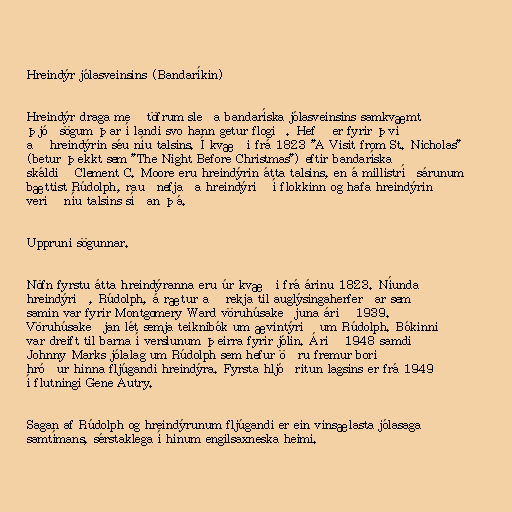
Hreindýr jólasveinsins (Bandaríkin)

Hreindýr draga með töfrum sleða bandaríska jólasveinsins samkvæmt
þjóðsögum þar í landi svo hann getur flogið. Hefð er fyrir því
að hreindýrin séu níu talsins. Í kvæði frá 1823 "A Visit from St. Nicholas"
(betur þekkt sem "The Night Before Christmas") eftir bandaríska
skáldið Clement C. Moore eru hreindýrin átta talsins, en á millistríðsárunum
bættist Rúdolph, rauðnefjaða hreindýrið í flokkinn og hafa hreindýrin
verið níu talsins síðan þá.

Uppruni sögunnar.

Nöfn fyrstu átta hreindýranna eru úr kvæði frá árinu 1823. Níunda
hreindýrið, Rúdolph, á rætur að rekja til auglýsingaherferðar sem
samin var fyrir Montgomery Ward vöruhúsakeðjuna árið 1939.
Vöruhúsakeðjan lét semja teiknibók um ævintýrið um Rúdolph. Bókinni
var dreift til barna í verslunum þeirra fyrir jólin. Árið 1948 samdi
Johnny Marks jólalag um Rúdolph sem hefur öðru fremur borið
hróður hinna fljúgandi hreindýra. Fyrsta hljóðritun lagsins er frá 1949
í flutningi Gene Autry.

Sagan af Rúdolph og hreindýrunum fljúgandi er ein vinsælasta jólasaga
samtímans, sérstaklega í hinum engilsaxneska heimi.